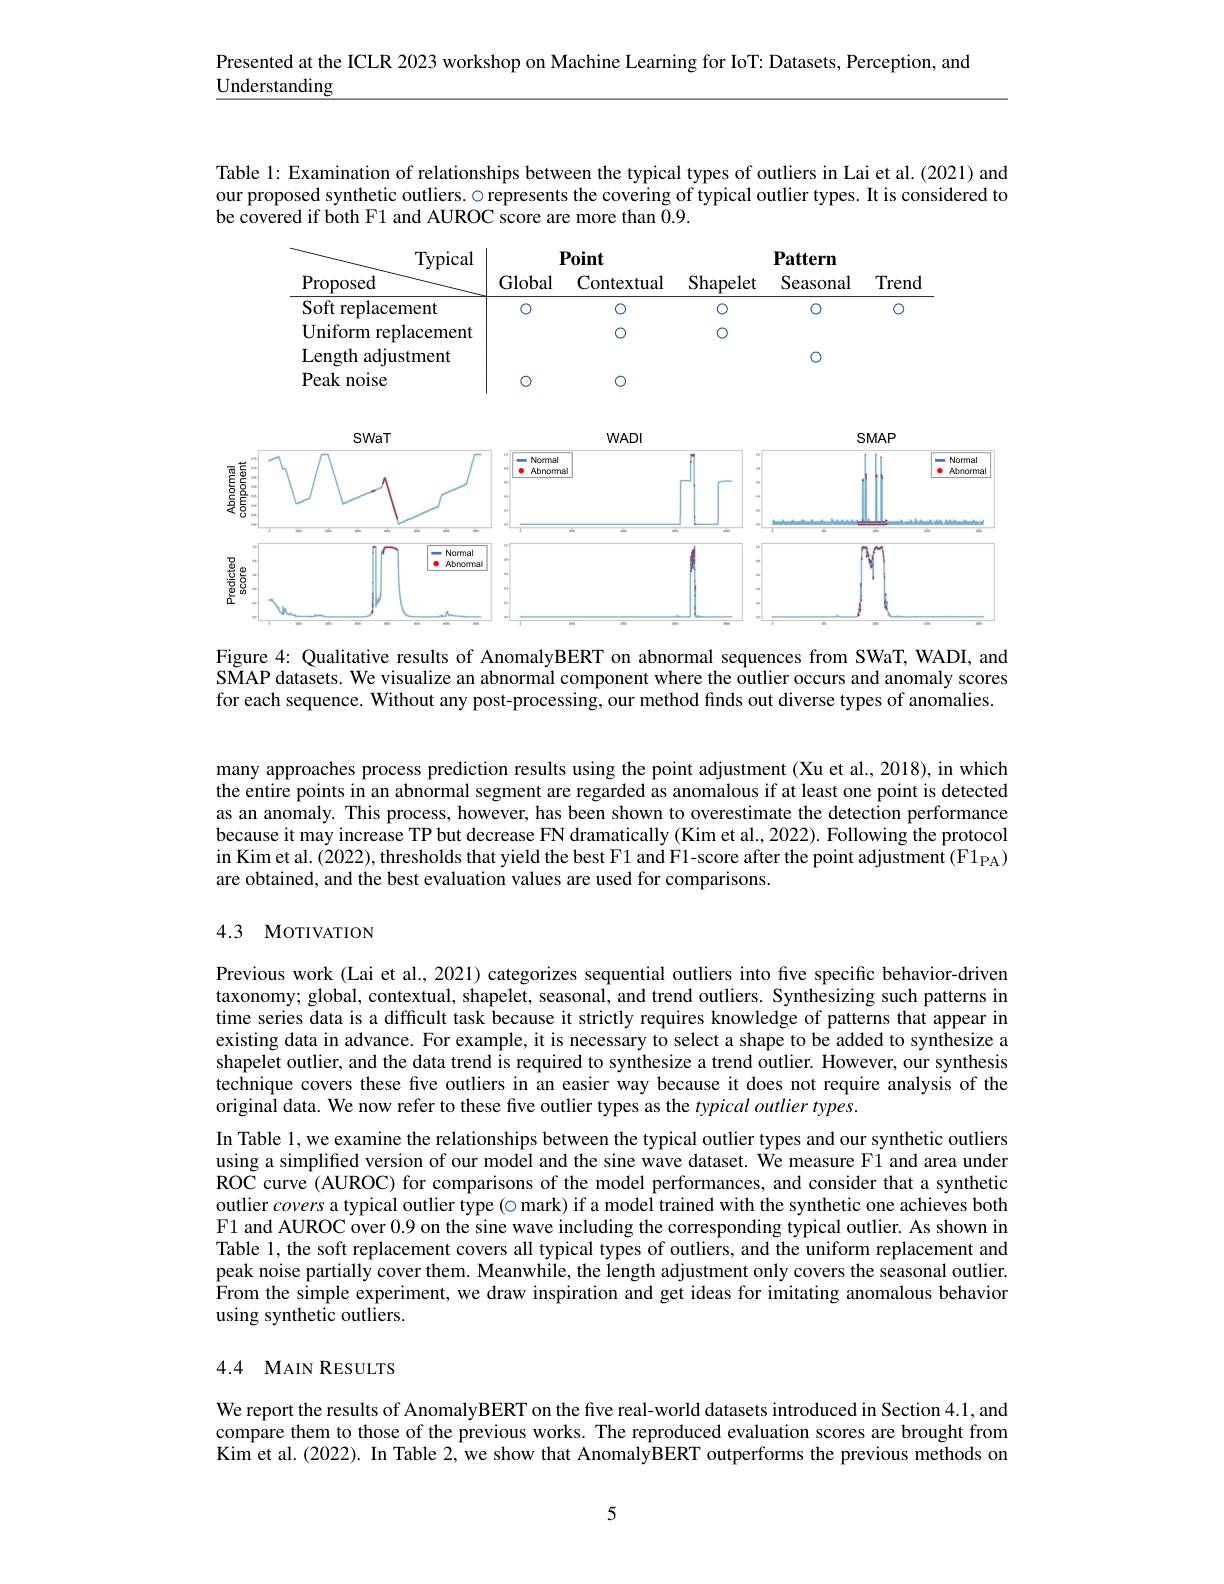
Presented at the ICLR 2023 workshop on Machine Learning for IoT: Datasets, Perception, and

$\underline{\text{Understanding}}$

Table 1: Examination of relationships between the typical types of outliers in Lai et al.(2021) and our proposed synthetic outliers. $\circ\hat{\text{represents the covering of typical outlier types. It is considered to}}$ be
<FigureHere>

SMAP datasets. We visualize an abnormal component where the outlier occurs and anomaly scores

for each sequence. Without any post-processing, our method finds out diverse types of anomalies.

many approaches process prediction results using the point adjustment (Xu et al., 2018), in which the entire points in an abnormal segment are regarded as anomalous if at least one point is detected as an anomaly. This process, however, has been shown to overestimate the detection performance because it may increase TP but decrease FN dramatically (Kim et al., 2022). Following the protocol in Kim et al. (2022), thresholds that yield the best F1 and F1-score after the point adjustment (F1$_\mathrm{PA})$ are obtained, and the best evaluation values are used for comparisons.

## 4.3 MoTIVATION

Previous work (Lai et al., 2021) categorizes sequential outliers into five specific behavior-driven taxonomy; global, contextual, shapelet, seasonal, and trend outliers. Synthesizing such patterns in time series data is a difficult task because it strictly requires knowledge of patterns that appear in existing data in advance. For example, it is necessary to select a shape to be added to synthesize a shapelet outlier, and the data trend is required to synthesize a trend outlier. However, our synthesis technique covers these five outliers in an easier way because it does not require analysis of the original data. We now refer to these five outlier types as the typicaloutlier types.
In Table 1, we examine the relationships between the typical outlier types and our synthetic outliers using a simplifed version of our model and the sine wave dataset. We measure F1 and area under ROC curve (AUROC) for comparisons of the model performances, and consider that a synthetic outlier covers a typical outlier type (o mark) if a model trained with the synthetic one achieves both F1 and AUROC over 0.9 on the sine wave including the corresponding typical outlier. As shown in Table 1, the soft replacement covers all typical types of outliers, and the uniform replacement and peak noise partially cover them. Meanwhile, the length adjustment only covers the seasonal outlier. From the simple experiment, we draw inspiration and get ideas for imitating anomalous behavior using synthetic outliers.

## 4.4 MAIN RESULTS

We report the results of AnomalyBERT on the five real-world datasets introduced in Section 4.1, and compare them to those of the previous works. The reproduced evaluation scores are brought from Kim et al. (2022). In Table 2, we show that AnomalyBERT outperforms the previous methods on

5